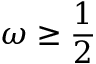
\omega \ge \frac { 1 } { 2 }